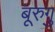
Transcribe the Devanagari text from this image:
बूरुगु